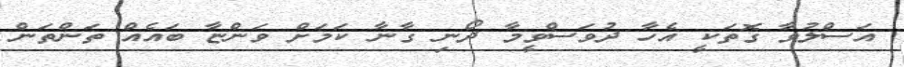
އަސްލުވާ ގޮތަކީ އެހާ ދުވަސްވީމާ ދޯނި ގާނާ ކަމަށް ވަންޏާ ބައެއް ތަންތަން